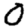
Digit: 0